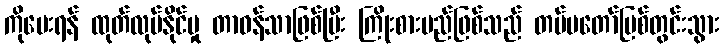
ကိုပေးရန် ထုတ်လုပ်နိုင်မှု တာဝန်သာဖြစ်ပြီး ကြိုးစားမည်ဖြစ်သည် တပ်မတော်မြစ်တွင်းသွား